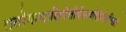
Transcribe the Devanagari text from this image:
ततोगत्वाक्षिपेत्तीर्थेस्पर्शदोषोनविद्यते